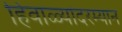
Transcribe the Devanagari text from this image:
हिवाळ्यांदरम्यान